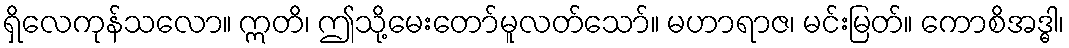
ရှိလေကုန်သလော။ ဣတိ၊ ဤသို့မေးတော်မူလတ်သော်။ မဟာရာဇ၊ မင်းမြတ်။ ကောစိအဒ္ဓါ၊